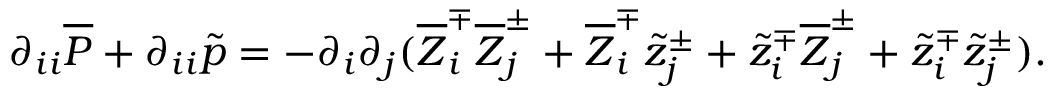
\partial _ { i i } \overline { { P } } + \partial _ { i i } \tilde { p } = - \partial _ { i } \partial _ { j } ( \overline { { Z } } _ { i } ^ { \mp } \overline { { Z } } _ { j } ^ { \pm } + \overline { { Z } } _ { i } ^ { \mp } \tilde { z } _ { j } ^ { \pm } + \tilde { z } _ { i } ^ { \mp } \overline { { Z } } _ { j } ^ { \pm } + \tilde { z } _ { i } ^ { \mp } \tilde { z } _ { j } ^ { \pm } ) .